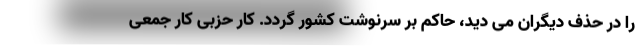
را در حذف دیگران می دید، حاکم بر سرنوشت کشور گردد. کار حزبی کار جمعی